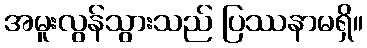
အမူးလွန်သွားသည် ပြဿနာမရှိ။